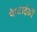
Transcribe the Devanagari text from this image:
पेप्टाईडों